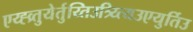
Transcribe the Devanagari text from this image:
एय्ह्व्र्तुयेर्तुय्तिउत्र्य्त्यिउएयुर्तिउ